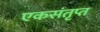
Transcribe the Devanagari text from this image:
एकसंतृप्त